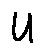
u